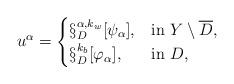
LaTeX: \begin{align*}u^\alpha= \begin{cases}\S_D^{\alpha,k_w}[\psi_\alpha], &\mbox{in } Y\setminus \overline{D},\\\S_D^{k_b}[\varphi_\alpha], &\mbox{in } D,\end{cases}\end{align*}